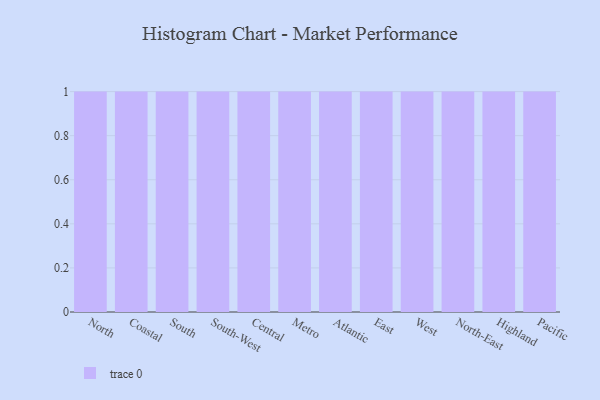
{"axis": {"x": "Region", "y": "Budget (USD K)"}, "legend": [""], "data": [{"x": "North", "y": 85, "type": ""}, {"x": "Coastal", "y": 72, "type": ""}, {"x": "South", "y": 77, "type": ""}, {"x": "South-West", "y": 75, "type": ""}, {"x": "Central", "y": 62, "type": ""}, {"x": "Metro", "y": 37, "type": ""}, {"x": "Atlantic", "y": 10, "type": ""}, {"x": "East", "y": 7, "type": ""}, {"x": "West", "y": 4, "type": ""}, {"x": "North-East", "y": 11, "type": ""}, {"x": "Highland", "y": 42, "type": ""}, {"x": "Pacific", "y": 85, "type": ""}]}